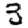
Digit: 3